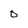
Character: 0